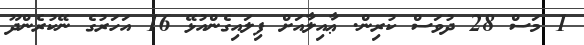
1 މަސް 28 ދުވަސް ކުރިން. ޢާއިލާއަށް ފިލައިގެންއުޅޭ 16 އަހަރުގެ ނޭކުރެންދޫ